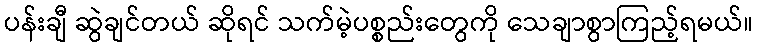
ပန်းချီ ဆွဲချင်တယ် ဆိုရင် သက်မဲ့ပစ္စည်းတွေကို သေချာစွာကြည့်ရမယ်။